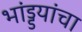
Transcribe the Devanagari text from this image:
भांड्डयांचा